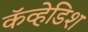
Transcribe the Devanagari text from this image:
कॅव्हेडिश